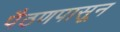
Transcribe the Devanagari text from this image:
पैठणपासून